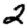
Digit: 2